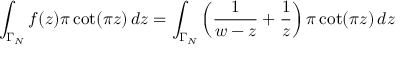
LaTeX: \int _ { \Gamma _ { N } } f ( z ) \pi \cot ( \pi z ) \, d z = \int _ { \Gamma _ { N } } \left( { \frac { 1 } { w - z } } + { \frac { 1 } { z } } \right) \pi \cot ( \pi z ) \, d z